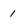
Character: 1